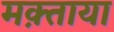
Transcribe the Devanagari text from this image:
मक़्ताया